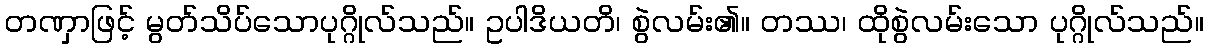
တဏှာဖြင့် မွတ်သိပ်သောပုဂ္ဂိုလ်သည်။ ဥပါဒိယတိ၊ စွဲလမ်း၏။ တဿ၊ ထိုစွဲလမ်းသော ပုဂ္ဂိုလ်သည်။